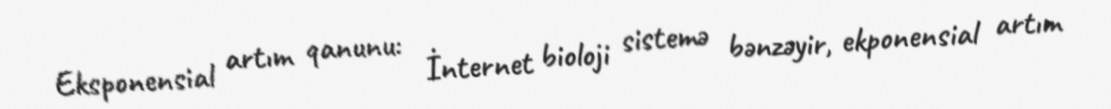
Eksponensial artım qanunu: İnternet bioloji sistemə bənzəyir, ekponensial artım